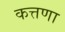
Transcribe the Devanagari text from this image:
कत्तणा